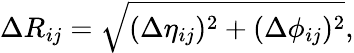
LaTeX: \Delta R_{ij}=\sqrt{(\Delta\eta_{ij})^{2}+(\Delta\phi_{ij})^{2}},